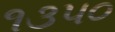
૧૩૫૦